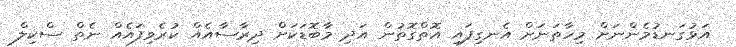
އަޅުގަނޑުމެންނަށް މިހާތަނަށް އެނގިފައި އޮތްގޮތުން އަދި މާބޮޑަކަށް ދިރާސާއެއް ކުރެވިފައެއް ނެތް ސްކިލް